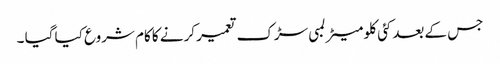
جس کے بعدکئی کلو میٹر لمبی سڑک تعمیر کرنے کا کام شروع کیا گیا ۔